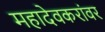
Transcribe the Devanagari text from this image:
महादेवकरांवर